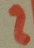
Text: 2